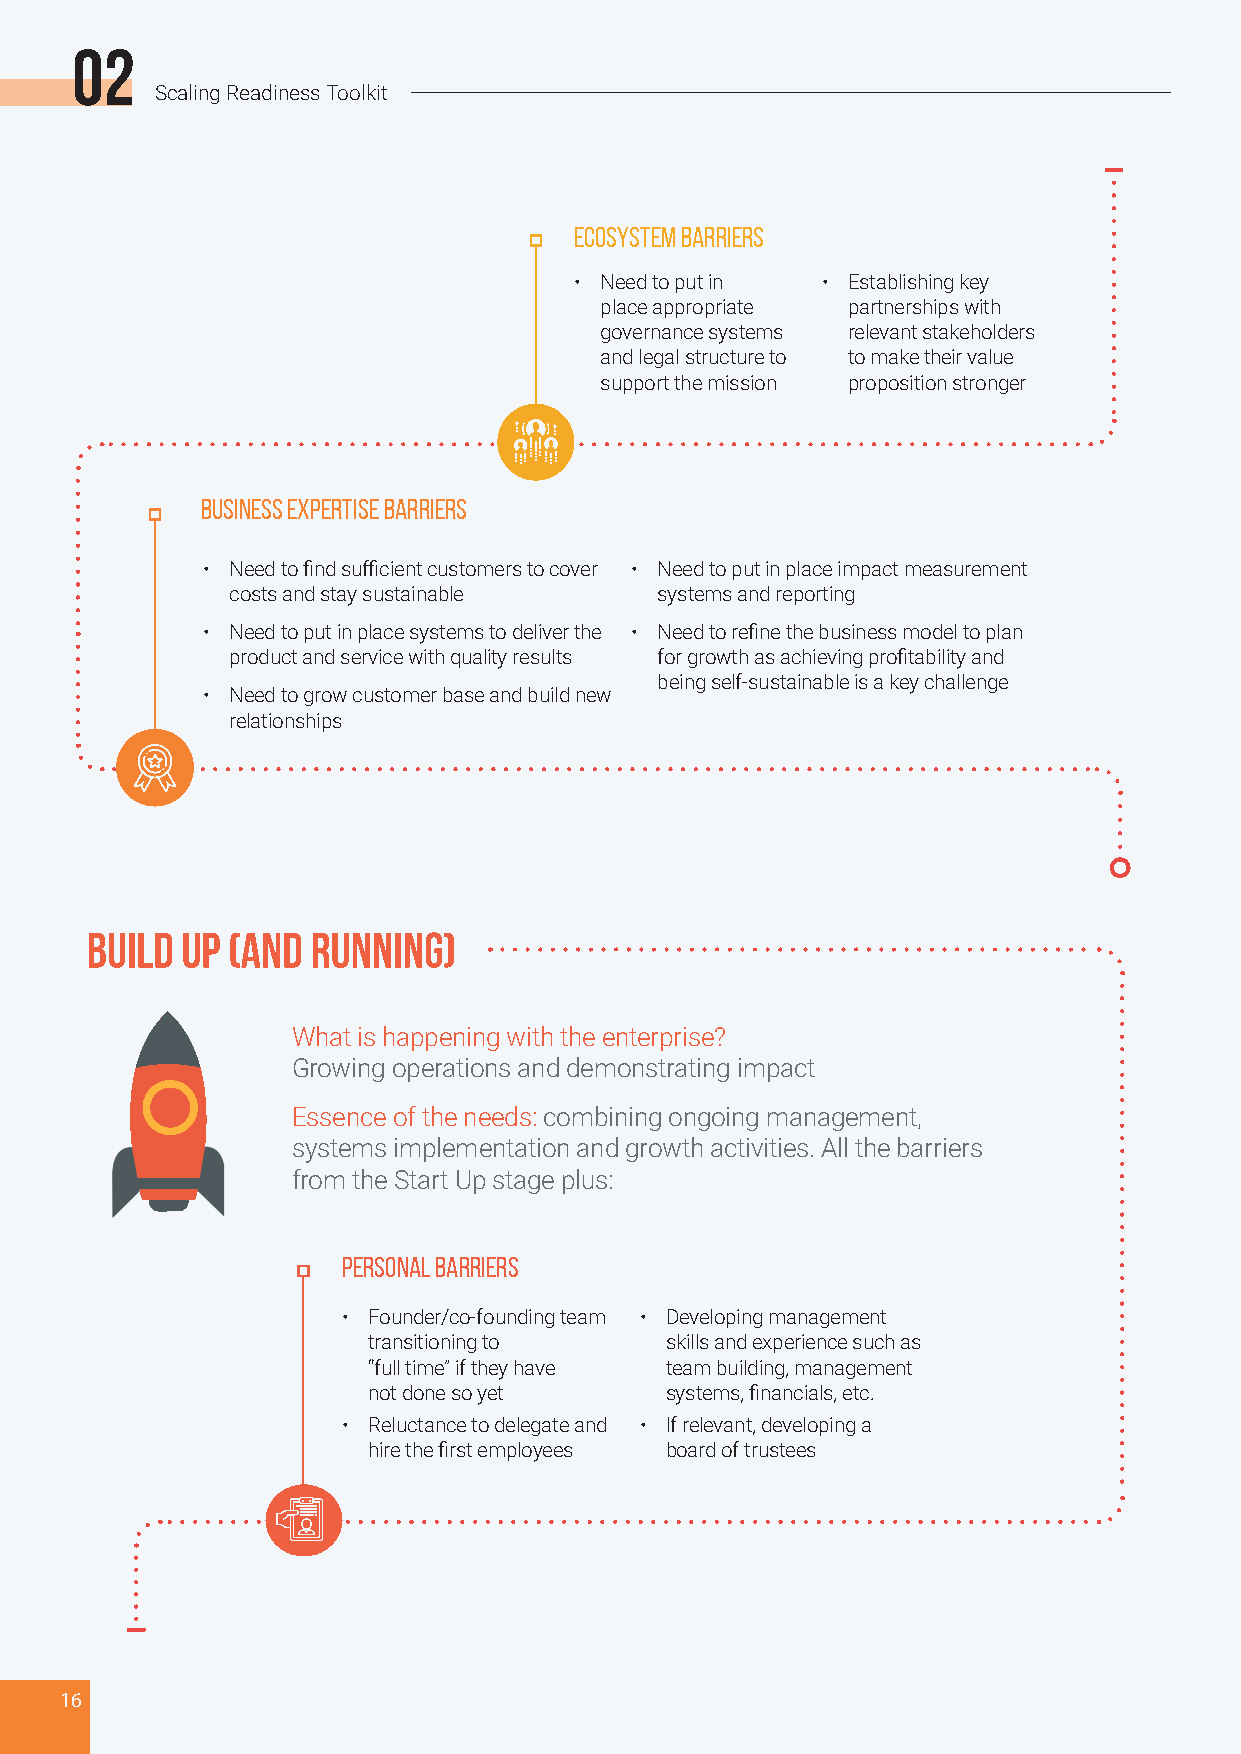
02
 Scaling Readiness Toolkit
 ECOSYSTEM BARRIERS
 • Need to put in • Establishing key
 place appropriate partnerships with
 governance systems relevant stakeholders
 and legal structure to to make their value
 support the mission proposition stronger
 BUSINESS EXPERTISE BARRIERS
 • Need to find sufficient customers to cover • Need to put in place impact measurement
 costs and stay sustainable   systems and reporting
 • Need to put in place systems to deliver the • Need to refine the business model to plan
 product and service with quality results for growth as achieving profitability and
 being self-sustainable is a key challenge
 • Need to grow customer base and build new
 relationships
 build up (and  running)
 What is happening with the enterprise?
 Growing operations and demonstrating impact
 Essence of the needs: combining ongoing management,
 systems implementation and growth activities. All the barriers
 from the Start Up stage plus:
 PERSONAL BARRIERS
 • Founder/co-founding team • Developing management
 transitioning to    skills and experience such as
 “full time” if they have team building, management
 not done so yet     systems, financials, etc.
 • Reluctance to delegate and • If relevant, developing a
 hire the first employees board of trustees
 16